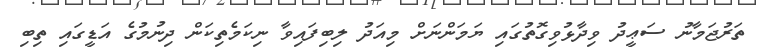
ތަރުޖަމާނު ސަޢީދު ވިދާޅުވިގޮތުގައި ޔަމަންނަށް މިއަދު ލިބިފައިވާ ނިކަމެތިކަން ދިނުމުގެ އަޑީގައި ތިބި